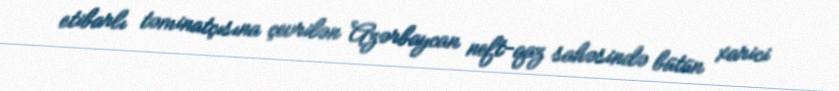
etibarlı təminatçısına çevrilən Azərbaycan neft-qaz sahəsində bütün xarici